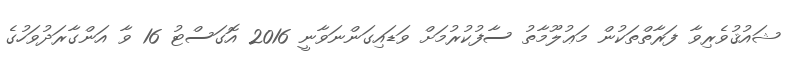
ޝައުޤުވެރިވާ ފަރާތްތަކުން މަޢުލޫމާތު ސާފުކުރުމަށް ވަޑައިގަންނަވާނީ 2016 އޮގަސްޓު 16 ވާ އަންގާރަދުވަހުގެ